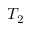
T _ { 2 }